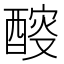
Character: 𨡻